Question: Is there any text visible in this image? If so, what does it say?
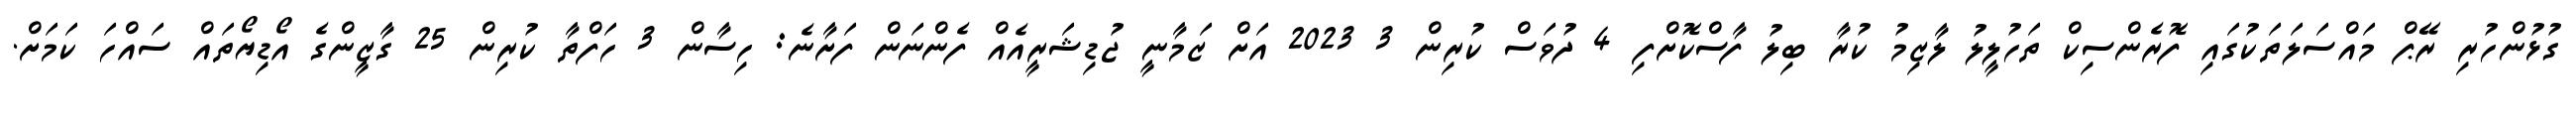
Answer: ގުޅުންހުރި ރޭޕް މައްސަލަތަކުގައި ފޮރެންސިކް ތަހުލީލު ލާޒިމު ކުރާ ބިލު ފާސްކޮށްފި 4 ދުވަސް ކުރިން 3 2023 އަށް ޒަމާނީ ޖުޑިޝަރީއެއް ފެންނަން ފަށާނެ: ހިސާން 3 ހަފްތާ ކުރިން 25 ގާޒީންގެ އޯޑިޔޯތައް ސައްހަ ކަމަށް.